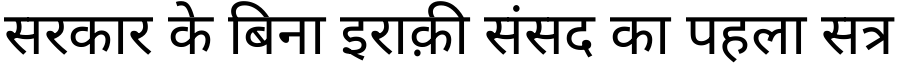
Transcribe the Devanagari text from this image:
सरकार के बिना इराक़ी संसद का पहला सत्र